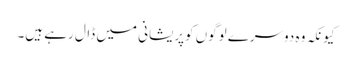
کیونکہ وہ دوسرے لوگوں کوپریشانی میں ڈال رہے ہیں۔